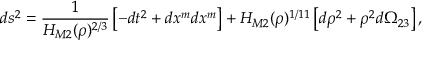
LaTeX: d s ^ { 2 } = \frac { 1 } { H _ { M 2 } ( \rho ) ^ { 2 / 3 } } \left[ - d t ^ { 2 } + d x ^ { m } d x ^ { m } \right] + H _ { M 2 } ( \rho ) ^ { 1 / 1 1 } \left[ d \rho ^ { 2 } + \rho ^ { 2 } d \Omega _ { 2 3 } \right] ,